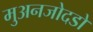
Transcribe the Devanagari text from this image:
मुअनजोदडो